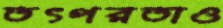
তৎপরতাও